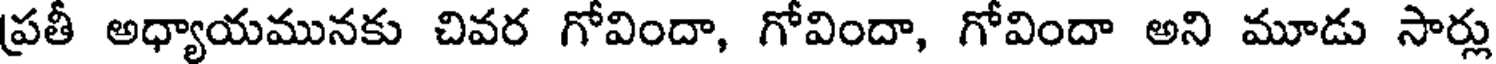
ప్రతీ అధ్యాయమునకు చివర గోవిందా, గోవిందా, గోవిందా అని మూడు సార్లు